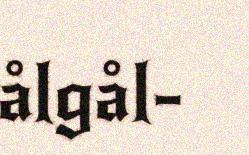
ålgål-